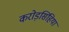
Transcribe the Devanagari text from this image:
करोड़सिंहिया